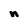
Character: n